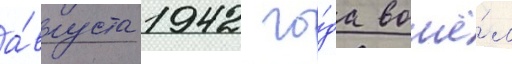
а́вгуста 1942 го́да вошё́л